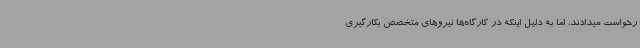
رخواست میدادند، اما به دلیل اینکه در کارگاه‌ها نیروهای متخصص بکارگیری